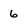
Character: 6